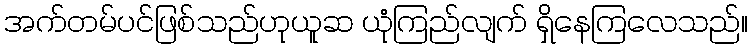
အက်တမ်ပင်ဖြစ်သည်ဟုယူဆ ယုံကြည်လျက် ရှိနေကြလေသည်။